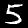
Digit: 5